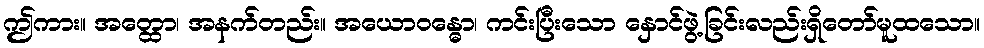
ဤကား။ အတ္ထော၊ အနက်တည်း။ အယောဝန္ဓော၊ ကင်းပြီးသော နှောင်ဖွဲ့ခြင်းလည်းရှိတော်မူထသော။